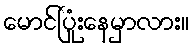
မောင်ပြုံးနေမှာလား။